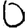
Digit: 0